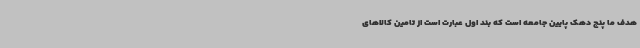
هدف ما پنج دهک پایین جامعه است که بند اول عبارت است از تامین کالاهای